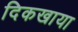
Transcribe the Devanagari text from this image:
दिकखाया